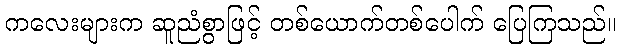
ကလေးများက ဆူညံစွာဖြင့် တစ်ယောက်တစ်ပေါက် ပြေကြသည်။